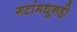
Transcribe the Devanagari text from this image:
गटांमधूनही